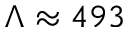
\Lambda \approx 4 9 3